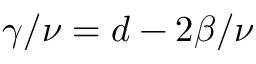
\gamma / \nu = d - 2 \beta / \nu